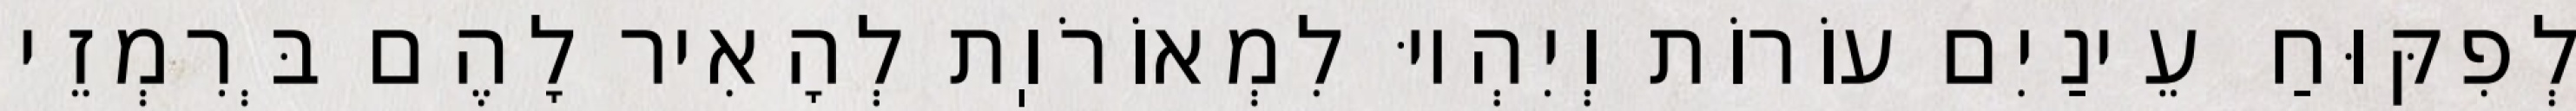
לְפִקּוּחַ עֵינַיִם עוֹרוֹת וְיִהְיוּ לִמְאוֹרֹוֽת לְהָאִיר לָהֶם בְּרִמְזֵי